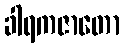
ခါရကဇာတော